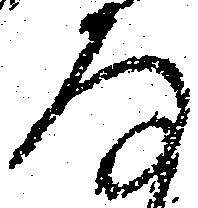
存